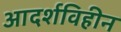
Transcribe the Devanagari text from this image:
आदर्शविहीन